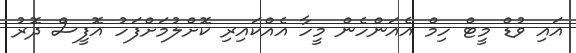
އައި ވުޑް މީޓް ހިމް އެއަންހެން މީހާ އެއްކައިރި ކޮށްލުމަށްފަހު އޮފީސް ދޮރު